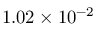
1 . 0 2 \times 1 0 ^ { - 2 }